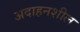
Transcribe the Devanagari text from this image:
अदाहनशील